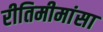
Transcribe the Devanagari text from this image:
रीतिमीमांसा